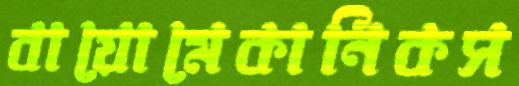
বায়োমেকানিকস